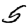
Digit: 5